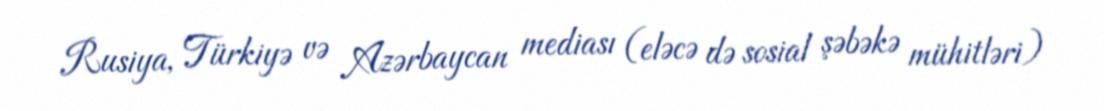
Rusiya, Türkiyə və Azərbaycan mediası (eləcə də sosial şəbəkə mühitləri)